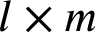
l \times m